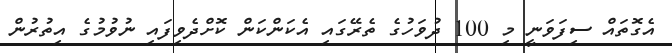
އެގޮތައް ސިފަވަނީ މި 100 ދުވަހުގެ ތެރޭގައި އެކަންކަން ކޮށްދެވިފައި ނުވުމުގެ އިތުރުން